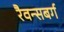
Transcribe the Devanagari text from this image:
रैवन्सबर्ग